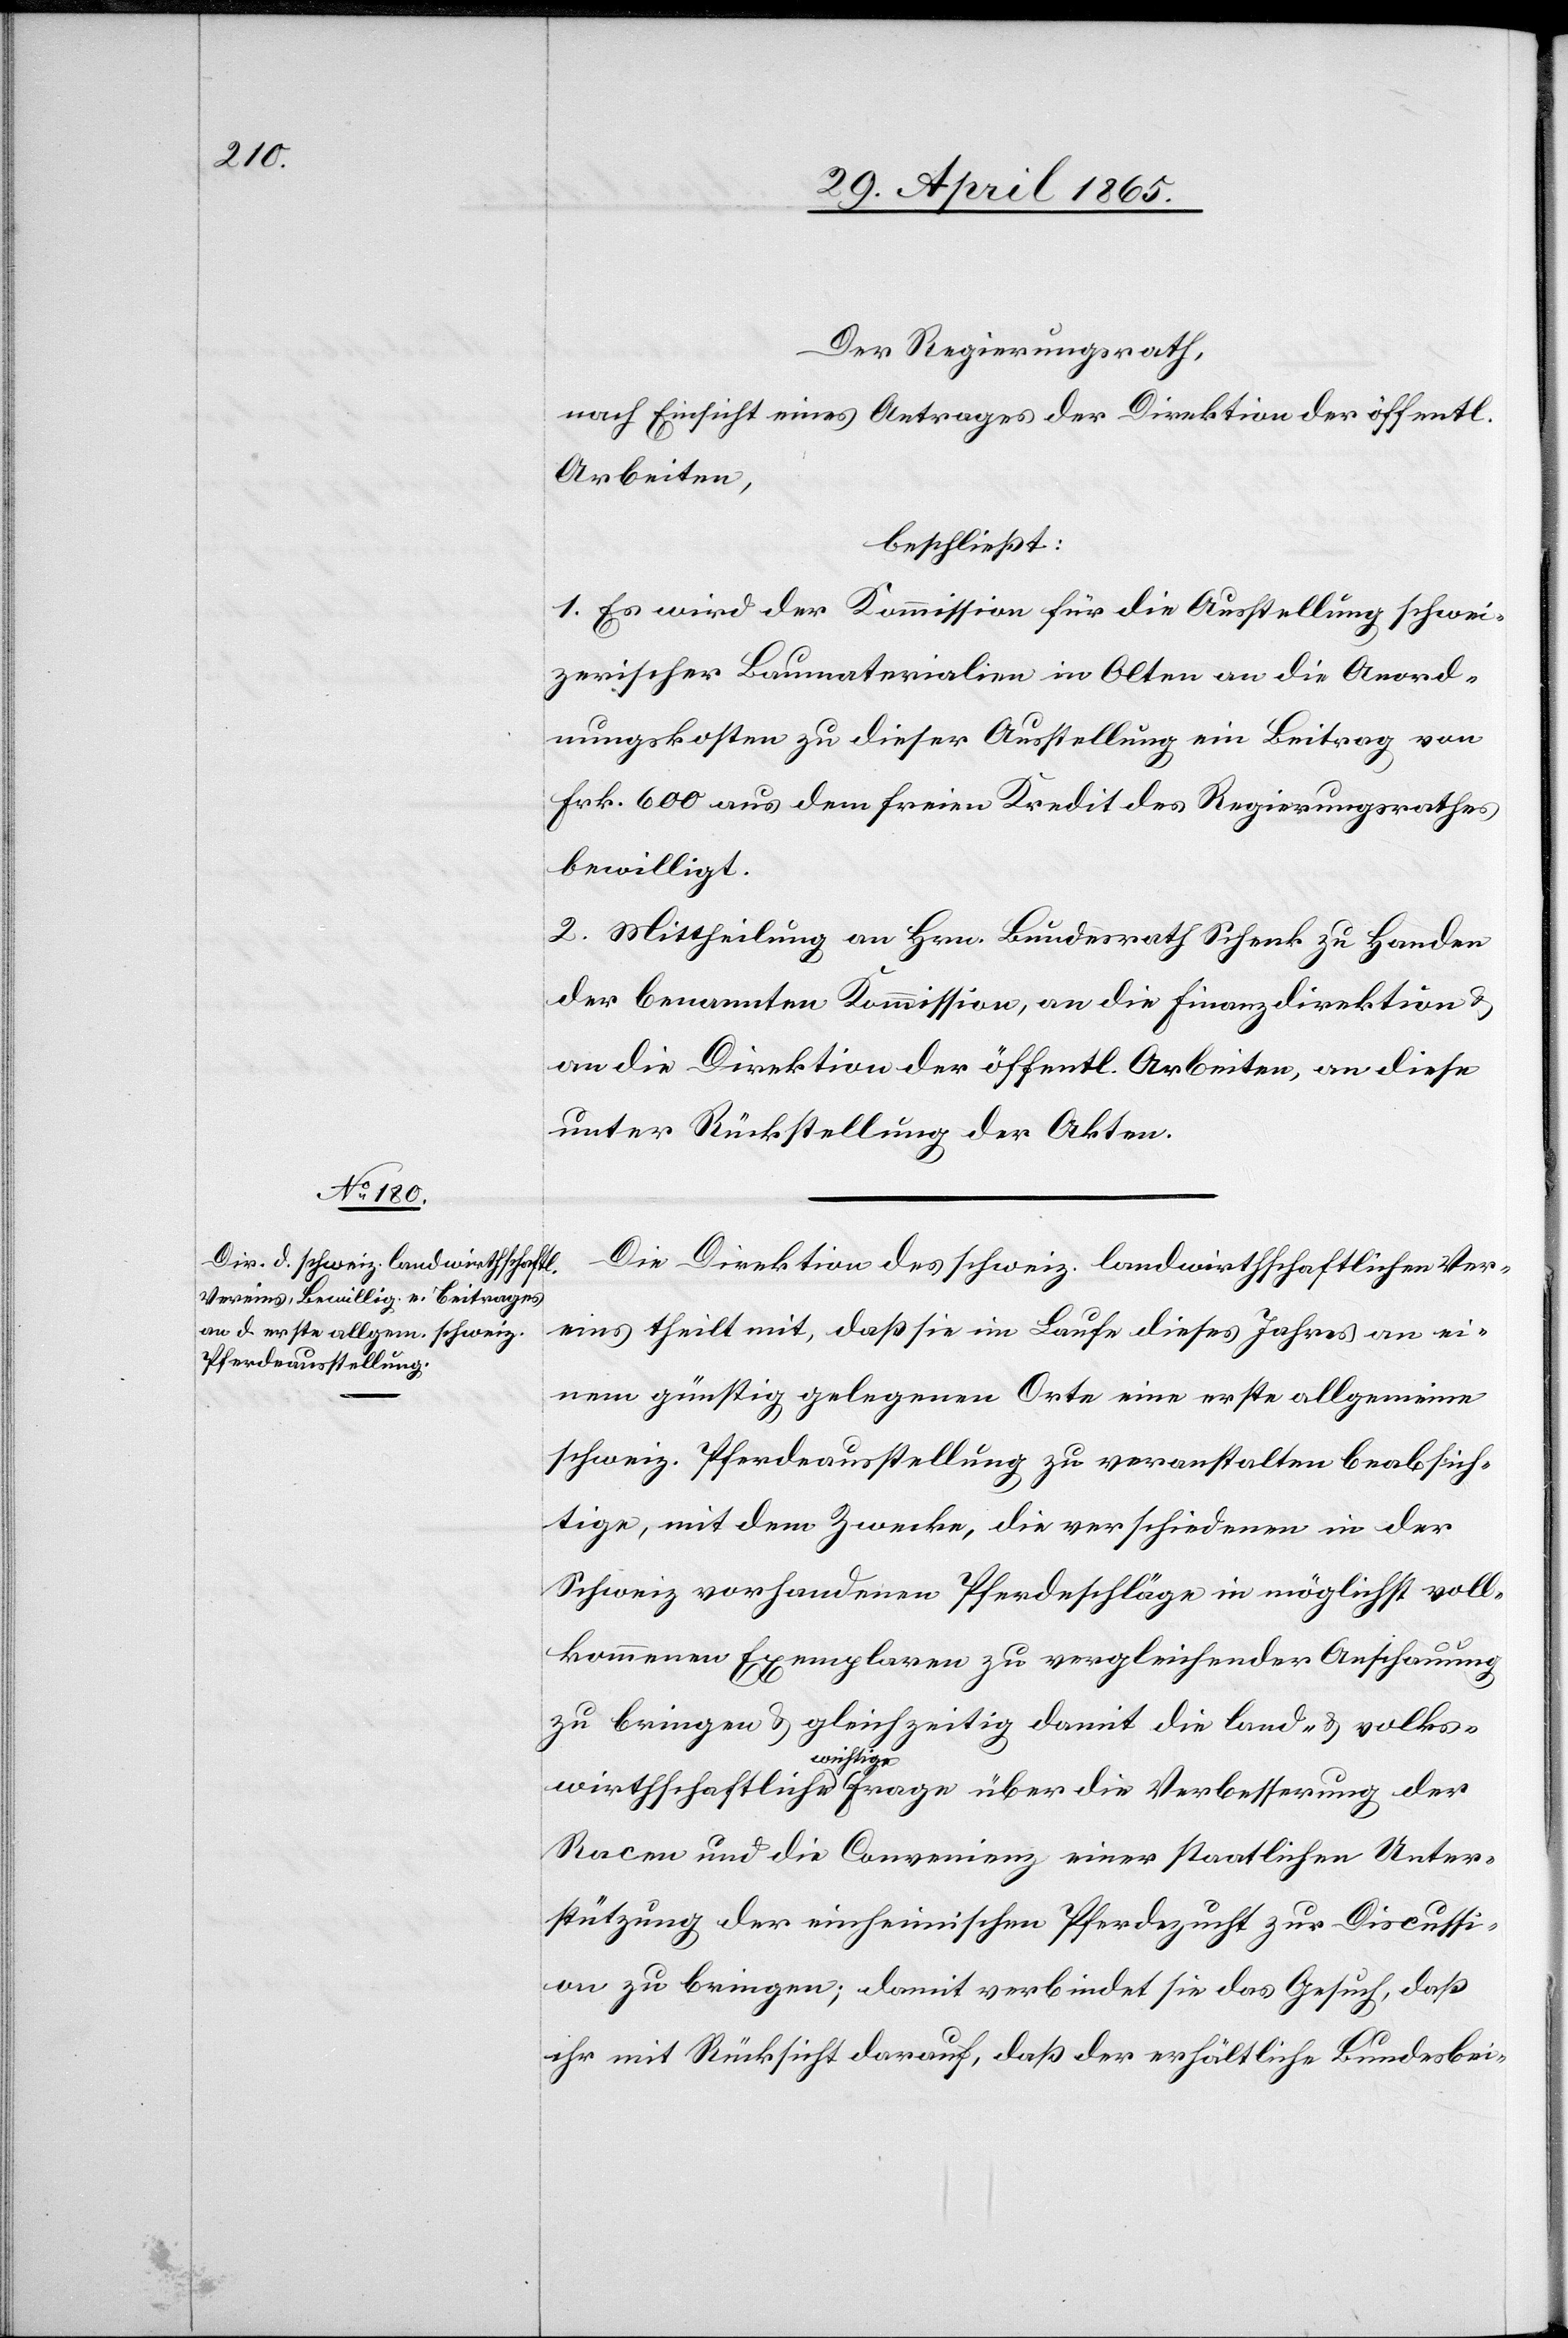
Der Regierungsrath,
nach Einsicht eines Antrages der Direktion der öffentl.
Arbeiten,
beschließt:
1. Es wird der Kommission für die Ausstellung schwei¬
zerischer Baumaterialien in Olten an die Anord¬
nungskosten zu dieser Ausstellung ein Beitrag von
Frk. 600 aus dem freien Kredit des Regierungsrathes
bewilligt.
2. Mittheilung an Hrn. Bundesrath Schenk zu Handen
der benannten Kommission, an die Finanzdirektion &
an die Direktion der öffentl. Arbeiten, an diese
unter Rückstellung der Akten.
Die Direktion des schweiz. landwirthschaftlichen Ver¬
eins theilt mit, daß sie im Laufe dieses Jahres an ei¬
nem günstig gelegenen Orte eine erste allgemeine
schweiz. Pferdeausstellung zu veranstalten beabsich¬
tige, mit dem Zwecke, die verschiedenen in der
Schweiz vorhandenen Pferdeschläge in möglichst voll¬
kommenen Exemplaren zu vergleichender Anschauung
zu bringen & gleichzeitig damit die land- & volks¬
wichtige
Racen und die Convenienz einer staatlichen Unter¬
stützung der einheimischen Pferdezucht zur Discussi¬
on zu bringen; damit verbindet sie das Gesuch, daß
ihr mit Rücksicht darauf, daß der erhältliche Bundesbei-